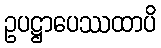
ဥပဋ္ဌာပေဿထာပိ